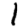
Digit: 1